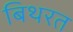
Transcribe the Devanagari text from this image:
बिथरत